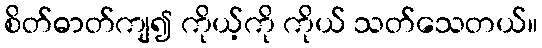
စိတ်ဓာတ်ကျ၍ ကိုယ့်ကို ကိုယ် သတ်သေတယ်။